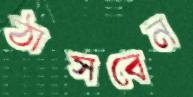
ঠাসবেন